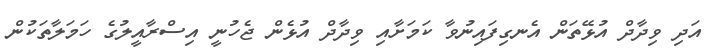
އަދި ވިދާދް އުޅޭތަން އެނގިފައިނުވާ ކަމަށާއި ވިދާދް އުޅެން ޖެހުނީ އިސްރާއީލުގެ ހަމަލާތަކުން